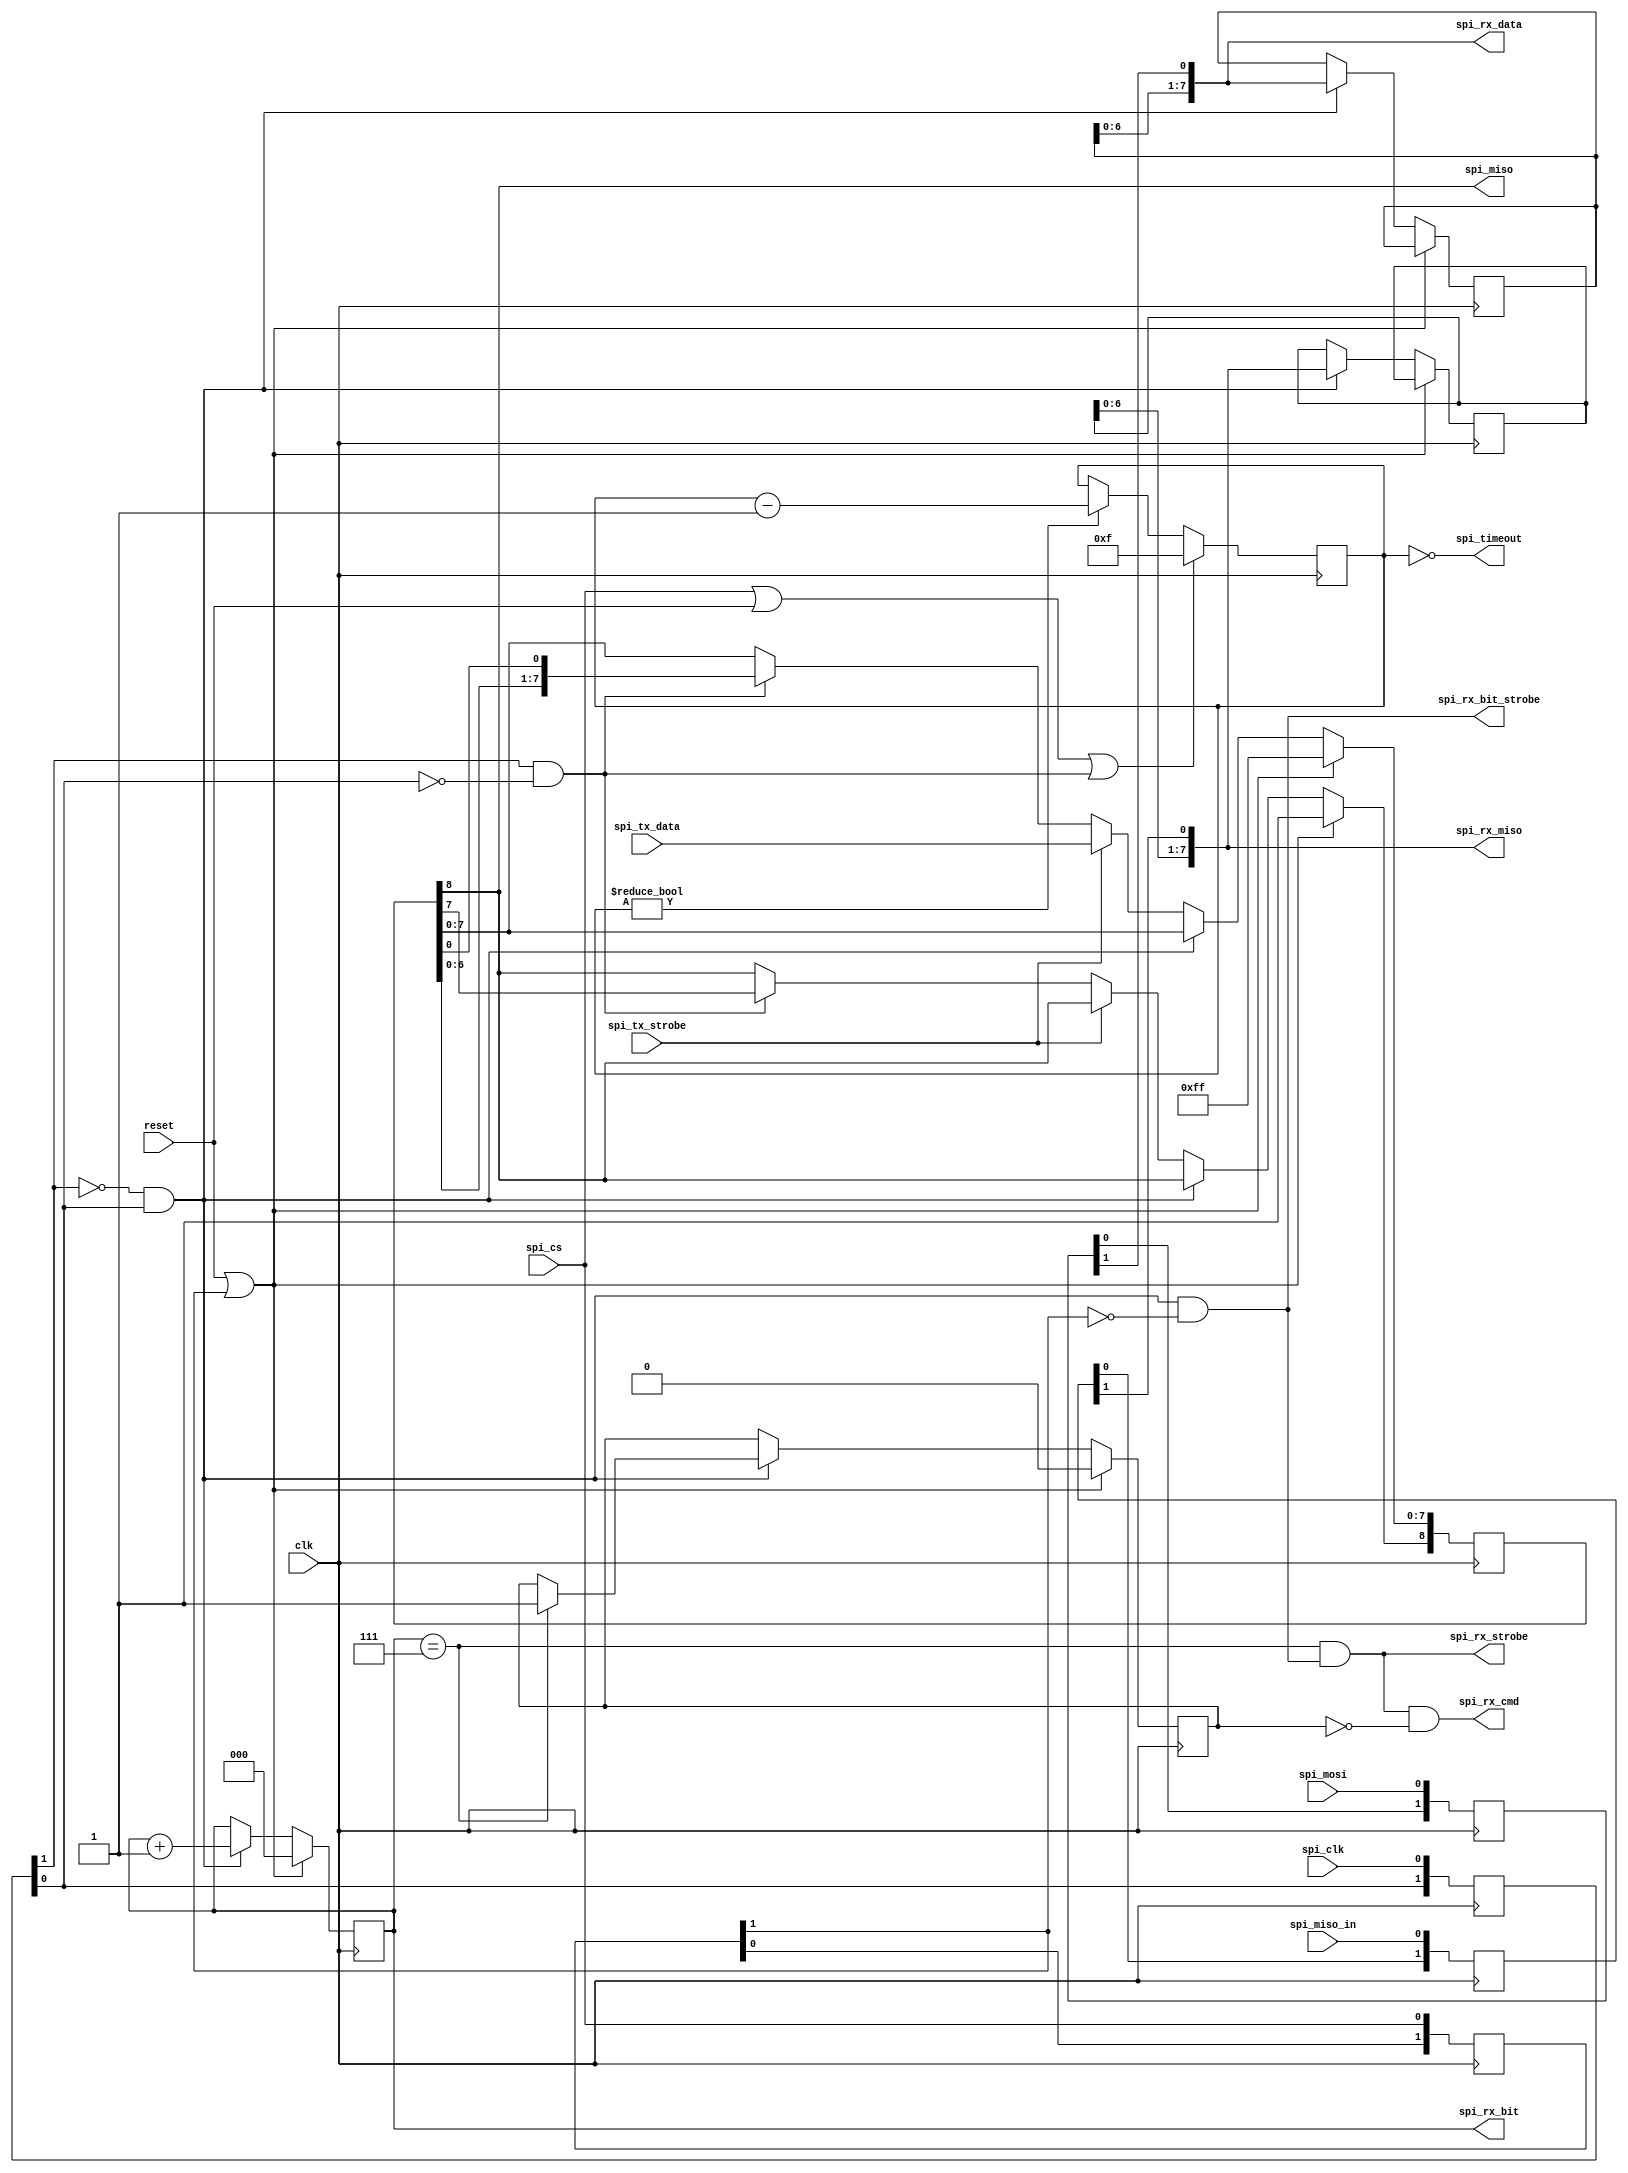
`ifndef _spi_device_v_
`define _spi_device_v_

/** \file
 * SPI device clocked in the clk domain.
 *
 * Inputs are unregistered so that they can be processed on the
 * rising edge of the 8th bit, allowing new data to be available
 * before the falling edge of the next spi_clk.
 *
 * Currently only supports single mode SPI. Dual and quad SPI require
 * that we a) parse the commands to know when to use it and b) have
 * bidirectional GPIO pins that we can swing to outputs.
 *
 * Usual wiring is:
 *
 *          +------+
 *  !CE  ---| o    |----  +V
 *   SO  ---|      |---- !RST
 *  !WP  ---|      |----  SCK
 *  GND  ---|      |----  SI
 *          +------+
 *
 * To ensure glitch-free MISO, the spi_tx_strobe should be set sometime after
 * spi_rx_strobe, but before the next falling edge of the SPI clock.  It is safe
 * to set the output on that same clock cycle.
 *
 */

module spi_device(
	input clk,
	input reset,
	input	spi_clk,
	input	spi_cs,
	input	spi_mosi,
	input	spi_miso_in, // monitor mode
	output	spi_miso,
	output  spi_rx_cmd, // set for the first byte of a new transaction
	output	spi_rx_strobe,
	output	spi_rx_bit_strobe,
	output [2:0] spi_rx_bit,
	output [7:0] spi_rx_data,
	output [7:0] spi_rx_miso, // monitor mode
	input [7:0] spi_tx_data,
	input spi_tx_strobe, // reload the output register
	output spi_timeout
);
	localparam DELAY = 1;
	reg [DELAY:0] spi_cs_sync;
	reg [DELAY:0] spi_clk_sync;
	reg [DELAY:0] spi_mosi_sync;
	reg [DELAY:0] spi_miso_in_sync;
	wire spi_clk_falling = spi_clk_sync[DELAY] && !spi_clk_sync[DELAY-1];
	wire spi_clk_rising = !spi_clk_sync[DELAY] && spi_clk_sync[DELAY-1];
	always @(posedge clk) begin
		spi_cs_sync <= { spi_cs_sync[DELAY-1:0], spi_cs };
		spi_clk_sync <= { spi_clk_sync[DELAY-1:0], spi_clk };
		spi_mosi_sync <= { spi_mosi_sync[DELAY-1:0], spi_mosi };
		spi_miso_in_sync <= { spi_miso_in_sync[DELAY-1:0], spi_miso_in };
	end

	// track how long since the last clock and abort the transaction
	// if the clock is no longer ticking.
	reg [3:0] spi_clk_count;
	assign spi_timeout = spi_clk_count == 0;
	always @(posedge clk) begin
		if (spi_cs || reset || spi_clk_falling)
			spi_clk_count <= ~0;
		else
		if (spi_clk_count != 0)
			spi_clk_count <= spi_clk_count - 1;
	end

	reg [2:0] bit_count;
	reg [7:0] mosi_reg;
	reg [7:0] miso_in_reg;
	wire [7:0] mosi_reg_next = { mosi_reg[6:0], spi_mosi_sync[DELAY] };
	wire [7:0] miso_in_reg_next = { miso_in_reg[6:0], spi_miso_in_sync[DELAY] };
	reg cmd_started;

`define SPI_UNLATCHED
`ifdef SPI_UNLATCHED
	// these are unlatched so that they are available immediately
	assign spi_rx_data = mosi_reg_next;
	assign spi_rx_miso = miso_in_reg_next;
	assign spi_rx_strobe = spi_rx_bit == 7 && spi_rx_bit_strobe;
	assign spi_rx_cmd = spi_rx_strobe && cmd_started == 0;
`else
	// these are latched so that they are stable
	reg spi_rx_strobe;
	reg spi_rx_cmd;
	reg [7:0] spi_rx_data;
`endif
	// these are always unlatched for speed
	assign spi_rx_bit_strobe = spi_clk_rising && !spi_cs_sync[1];
	assign spi_rx_bit = bit_count;

	reg [2:0] output_bit;
	reg [8:0] miso_reg;
	reg [7:0] real_miso_reg;
	//reg spi_miso;
	assign spi_miso = miso_reg[8];
	//assign spi_miso = miso_reg[output_bit];
	//assign spi_miso = real_miso_reg[7];

	always @(posedge clk)
	begin
`ifndef SPI_UNLATCHED
		spi_rx_strobe <= 0;
		spi_rx_cmd <= 0;
`endif

		if (reset || spi_cs_sync[DELAY])
		begin
			// anytime the spi_cs goes high, reset the bit count
			cmd_started <= 0;
			bit_count <= 0;
			miso_reg <= ~0;
		end else
		if (spi_clk_rising)
		begin
			// shift in the rx data on the rising edge
			bit_count <= bit_count + 1;
			mosi_reg <= mosi_reg_next;
			miso_in_reg <= miso_in_reg_next;

			if (bit_count == 7)
			begin
				cmd_started <= 1;
`ifndef SPI_UNLATCHED
				spi_rx_strobe <= 1;
				spi_rx_data <= mosi_reg_next;
				spi_rx_cmd <= cmd_started == 0;
`endif
			end
		end else
		if (spi_tx_strobe)
		begin
			// re-load the output register;
			// this will cause the new value to on the next falling clk
			miso_reg[7:0] <= spi_tx_data;
		end else
		if (spi_clk_falling)
		begin
			// shift out data on the falling edge
			// maintain the last bit forever
			miso_reg <= { miso_reg[7:0], miso_reg[0] };
			//spi_miso <= miso_reg[6];
		end
	end

	always @(negedge spi_clk or posedge spi_cs)
	begin
		if (spi_cs) begin
			real_miso_reg <= 8'hFF;
			output_bit <= 7;
		end else begin
			if (output_bit == 7)
				real_miso_reg <= miso_reg;
			else
				real_miso_reg[7:0] <= { real_miso_reg[6:0], 1'b1 };
			//spi_miso <= miso_reg[output_bit];
			output_bit <= output_bit - 1;
		end
	end


endmodule

`endif